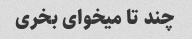
چند تا میخوای بخری